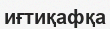
иғтиқафқа